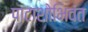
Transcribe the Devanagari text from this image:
पाटाशोभिवंत